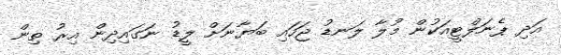
އަދި ޕެނަލްޓީއަކުން މުލާ ލަނޑު ޖަހައި ބަޔާނަށް ލީޑު ނަގައިދިން އިރު ތިން